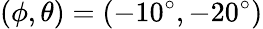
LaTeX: (\phi,\theta)=(-10^{\circ},-20^{\circ})